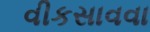
વીકસાવવા